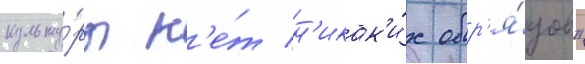
культу́ры н'е́т н'икак'и́х обр'я́дов"